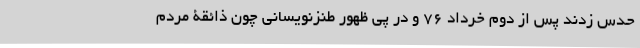
حدس زدند پس از دوم خرداد 76 و در پی ظهور طنزنویسانی چون ذائقۀ مردم